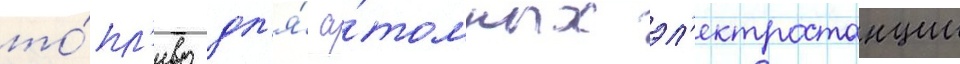
то́пл'иво дл'я́ а́томных эл'ектростанции